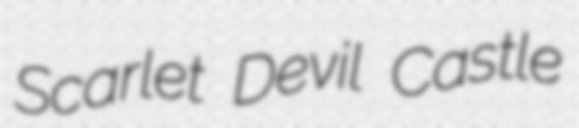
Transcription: Scarlet Devil Castle